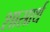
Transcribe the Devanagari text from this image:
शास्रार्थ